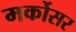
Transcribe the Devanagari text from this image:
मर्कोसर